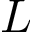
L